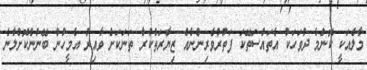
މާލެއަކީ ކޮންމެ ދުވަހަކު އެތައްސަތޭކަ ފަތުރުވެރިންނެއް ޒިޔާރަތްކުރާ ތަނަކަށް ވާއިރު އެމީހުން ބޭނުންކޮށްލާނެ